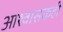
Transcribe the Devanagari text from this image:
आश्वासकही